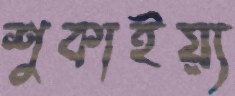
শুকাইয়্য